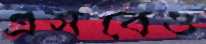
এসবেও